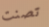
تصنت